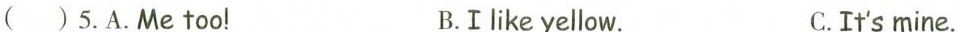
( ) 5.A.Me too! B.Ⅰlike yellow. C.It's mine.